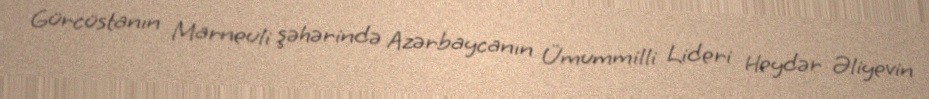
Gürcüstanın Marneuli şəhərində Azərbaycanın Ümummilli Lideri Heydər Əliyevin